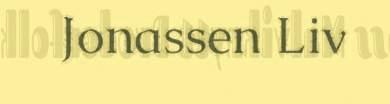
Jonassen Liv